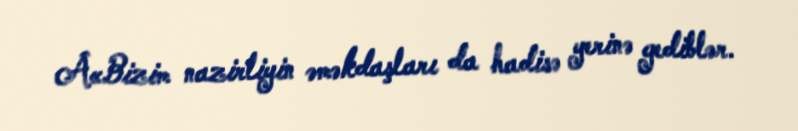
Â«Bizim nazirliyin əməkdaşları da hadisə yerinə gediblər.